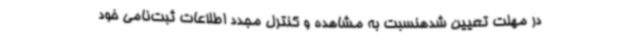
در مهلت تعیین شدهنسبت به مشاهده و کنترل مجدد اطلاعات ثبت‌نامی خود